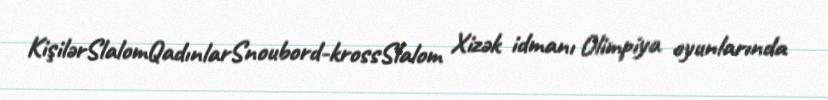
KişilərSlalomQadınlarSnoubord-krossSlalom Xizək idmanı Olimpiya oyunlarında